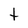
Character: t